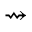
\rightsquigarrow